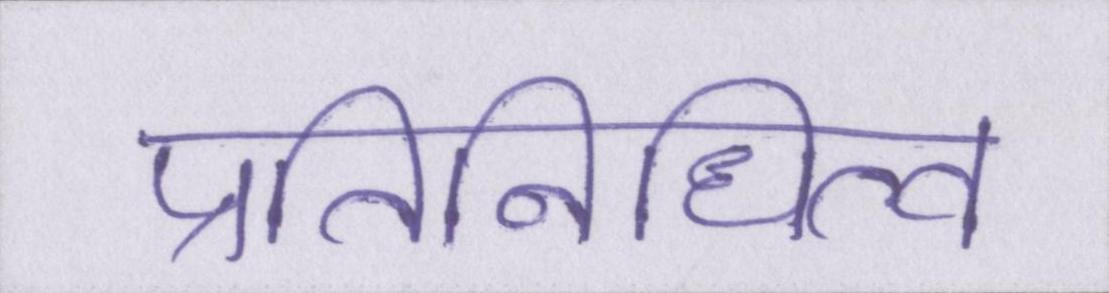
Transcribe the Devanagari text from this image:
प्रतिनिधित्व